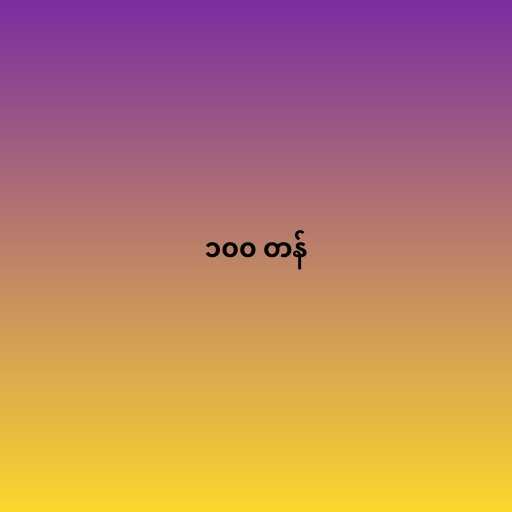
၁၀၀ တန်